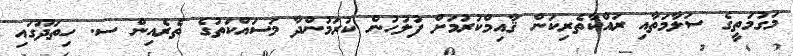
މަގުމަތީގެ ސަލާމަތާއި ރައްކާތެރިކަން ޤާއިމްކުރުމަށް ފުލުހުން ކުރަމުންދާ މަސައްކަތުގެ ތެރެއިން ސ. ހިތަދޫގައި